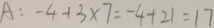
A : - 4 - 1 3 \times 7 = - 4 + 2 1 = 1 7